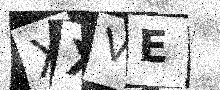
Text: XXVE